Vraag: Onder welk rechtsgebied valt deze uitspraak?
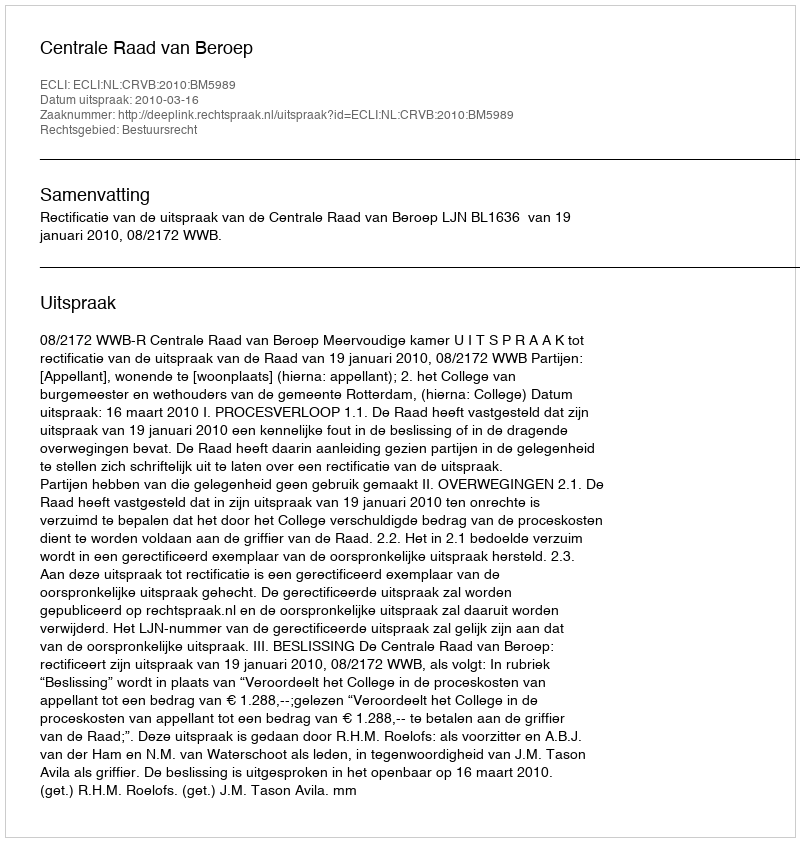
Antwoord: Bestuursrecht